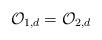
LaTeX: \begin{align*}\mathcal{O}_{1,d}=\mathcal{O}_{2,d}\end{align*}